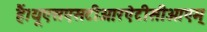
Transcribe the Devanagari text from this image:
हैं।यूएसएसटीआरऐटीसीओएम्